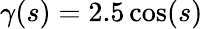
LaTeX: \gamma(s)=2.5\cos(s)